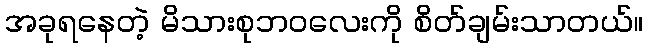
အခုရနေတဲ့ မိသားစုဘဝလေးကို စိတ်ချမ်းသာတယ်။